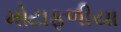
મોટાફળીયા